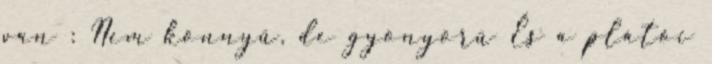
van : Nem könnyű, de gyönyörű És a plátói